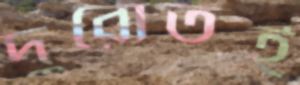
দুরোতই